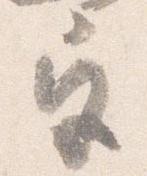
宮